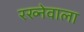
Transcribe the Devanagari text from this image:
रख्नेवाला